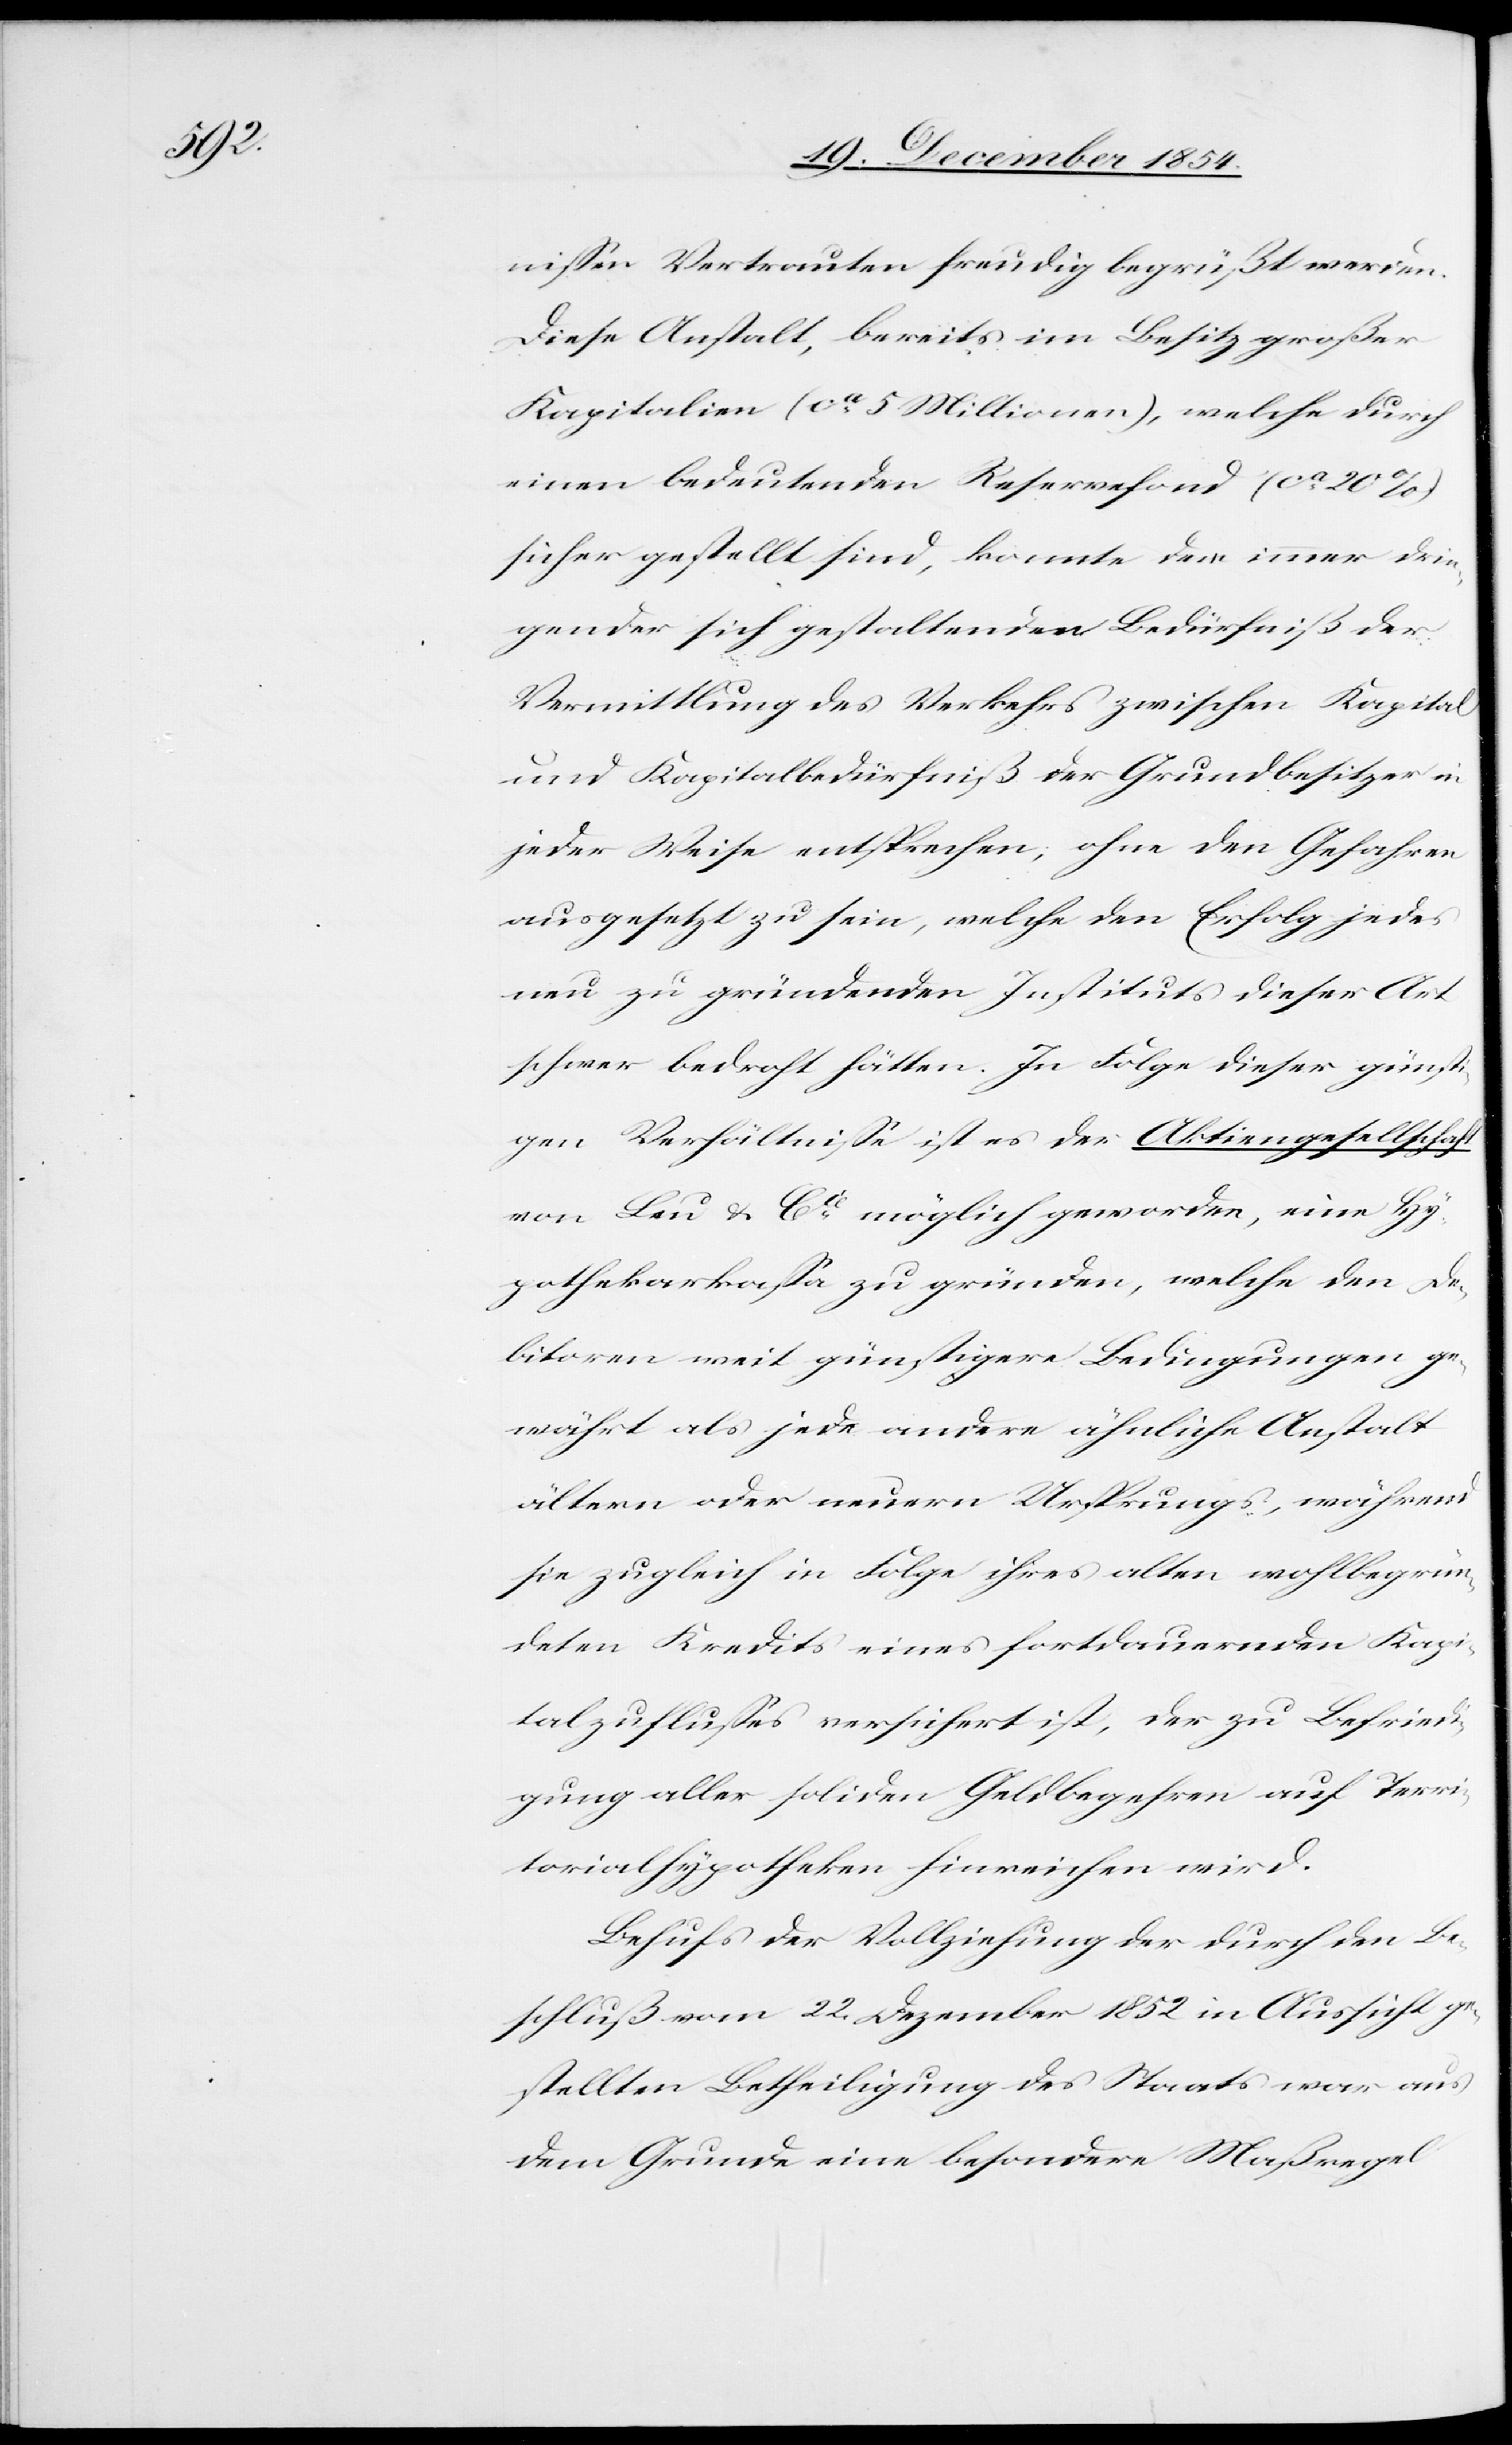
nißen Vertrauten freudig begrüßt werden.
Diese Anstalt, bereits im Besitz großer
Kapitalien (ca 5 Millionen), welche durch
einen bedeutenden Reservefond (ca 20%)
sicher gestellt sind, konnte dem immer drin¬
gender sich gestaltenden Bedürfniß der
Vermittlung des Verkehrs zwischen Kapital
und Kapitalbedürfniß der Grundbesitzer in
jeder Weise entsprechen, ohne den Gefahren
ausgesetzt zu sein, welche den Erfolg jedes
neu zu gründenden Institutes dieser Art
schwer bedroht hätten. In Folge dieser günsti¬
gen Verhältniße ist es der Aktiengesellschaft
von Leu & Cie möglich geworden, eine Hy¬
pothekarkaßa zu gründen, welche den De¬
bitoren weit günstigere Bedingungen ge¬
währt als jede andere ähnliche Anstalt
ältern oder neuern Ursprungs, während
sie zugleich in Folge ihres alten wohlbegrün¬
deten Kredits eines fortdauernden Kapi¬
talzuflußes versichert ist, der zu Befriedi¬
gung aller soliden Geldbegehren auf Terri¬
torialhypotheken hinreichen wird.
Behufs der Vollziehung der durch den Be¬
schluß vom 22. Dezember 1852 in Aussicht ge¬
stellten Betheiligung des Staates war aus
dem Grunde eine besondere Maßregel